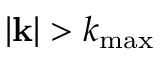
\lvert { \bf k } \rvert > k _ { \mathrm { m a x } }